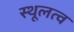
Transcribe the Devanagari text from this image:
स्थूलत्व